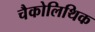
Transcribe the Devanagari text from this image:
चैकोलिथिक